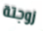
زوجتة